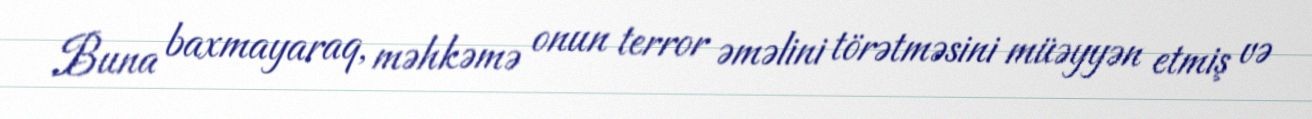
Buna baxmayaraq, məhkəmə onun terror əməlini törətməsini müəyyən etmiş və